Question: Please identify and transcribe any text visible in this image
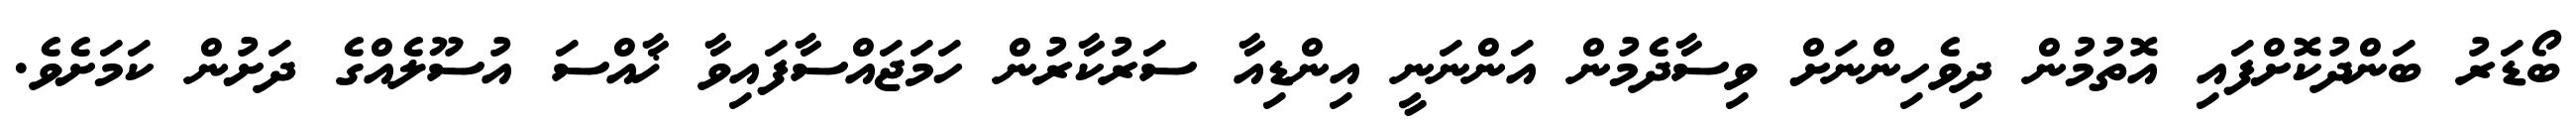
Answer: ބޯޑަރު ބަންދުކޮށްފައި އޮތުމުން ދިވެހިންނަށް ވިސާދެމުން އަންނަނީ އިންޑިއާ ސަރުކާރުން ހަމަޖައްސާފައިވާ ޚާއްސަ އުސޫލެއްގެ ދަށުން ކަމަށެވެ.